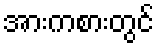
အားကစားတွင်